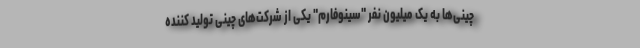
چینی‌ها به یک میلیون نفر "سینوفارم" یکی از شرکت‌های چینی تولید کننده